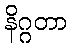
နိဂ္ဂတာ